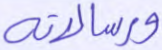
ورسالاته